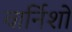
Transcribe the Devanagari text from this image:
वार्निशों